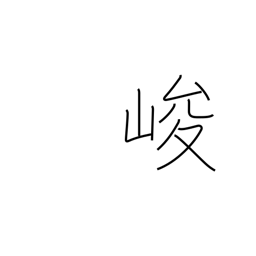
Meaning: steep